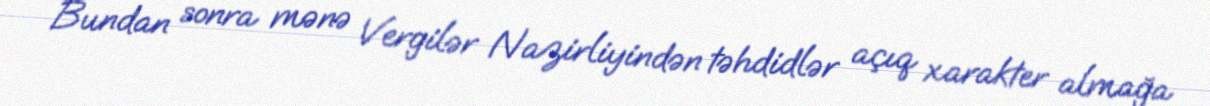
Bundan sonra mənə Vergilər Nazirliyindən təhdidlər açıq xarakter almağa